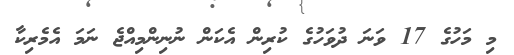
މި މަހުގެ 17 ވަނަ ދުވަހުގެ ކުރިން އެކަން ނުނިންމިއްޖެ ނަމަ އެމެރިކާ